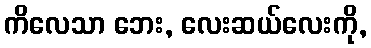
ကိလေသာ ဘေး, လေးဆယ်လေးကို,